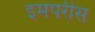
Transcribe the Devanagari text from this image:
इमपरीस